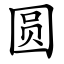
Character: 圆